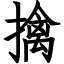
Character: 擒